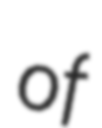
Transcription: of